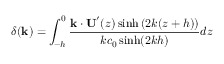
\delta ( \mathbf { k } ) = \int _ { - h } ^ { 0 } \frac { \mathbf { k \cdot U } ^ { \prime } ( z ) \sinh \left( 2 k ( z + h ) \right) } { k c _ { 0 } \sinh ( 2 k h ) } d z